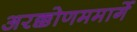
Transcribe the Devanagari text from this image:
अरक्कोणममार्गे